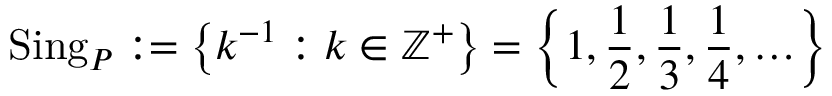
\operatorname { S i n g } _ { P } : = \left\{ k ^ { - 1 } : k \in \mathbb { Z } ^ { + } \right\} = \left\{ 1 , { \frac { 1 } { 2 } } , { \frac { 1 } { 3 } } , { \frac { 1 } { 4 } } , \ldots \right\}